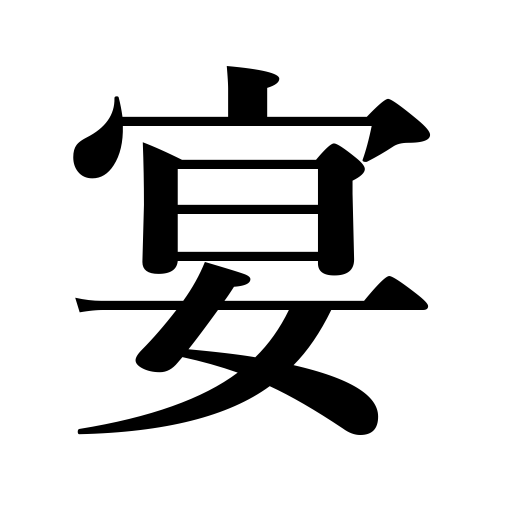
Meanings: entertainment,feast,party,banquet